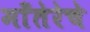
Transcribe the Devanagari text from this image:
माँतेरेचे